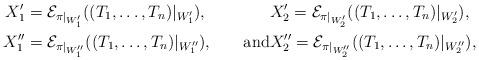
LaTeX: \begin{align*}X'_1 &= \mathcal{E}_{\pi|_{W'_1}}((T_1,\ldots, T_n)|_{W'_1}), & & X'_2 = \mathcal{E}_{\pi|_{W'_2}}((T_1,\ldots, T_n)|_{W'_2}), \\X''_1 &= \mathcal{E}_{\pi|_{W''_1}}((T_1,\ldots, T_n)|_{W''_1}), & \mbox{and} & X''_2 = \mathcal{E}_{\pi|_{W''_2}}((T_1,\ldots, T_n)|_{W''_2}),\end{align*}